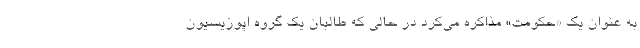
به عنوان يك «حكومت» مذاكره مي‌كرد در حالي كه طالبان يك گروه اپوزيسيون